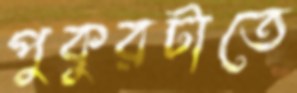
পুকুরটাতে